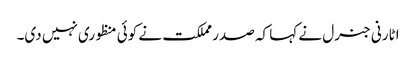
اٹارنی جنرل نے کہا کہ صدر مملکت نے کوئی منظوری نہیں دی۔